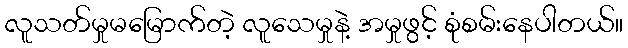
လူသတ်မှုမမြောက်တဲ့ လူသေမှုနဲ့ အမှုဖွင့် စုံစမ်းနေပါတယ်။